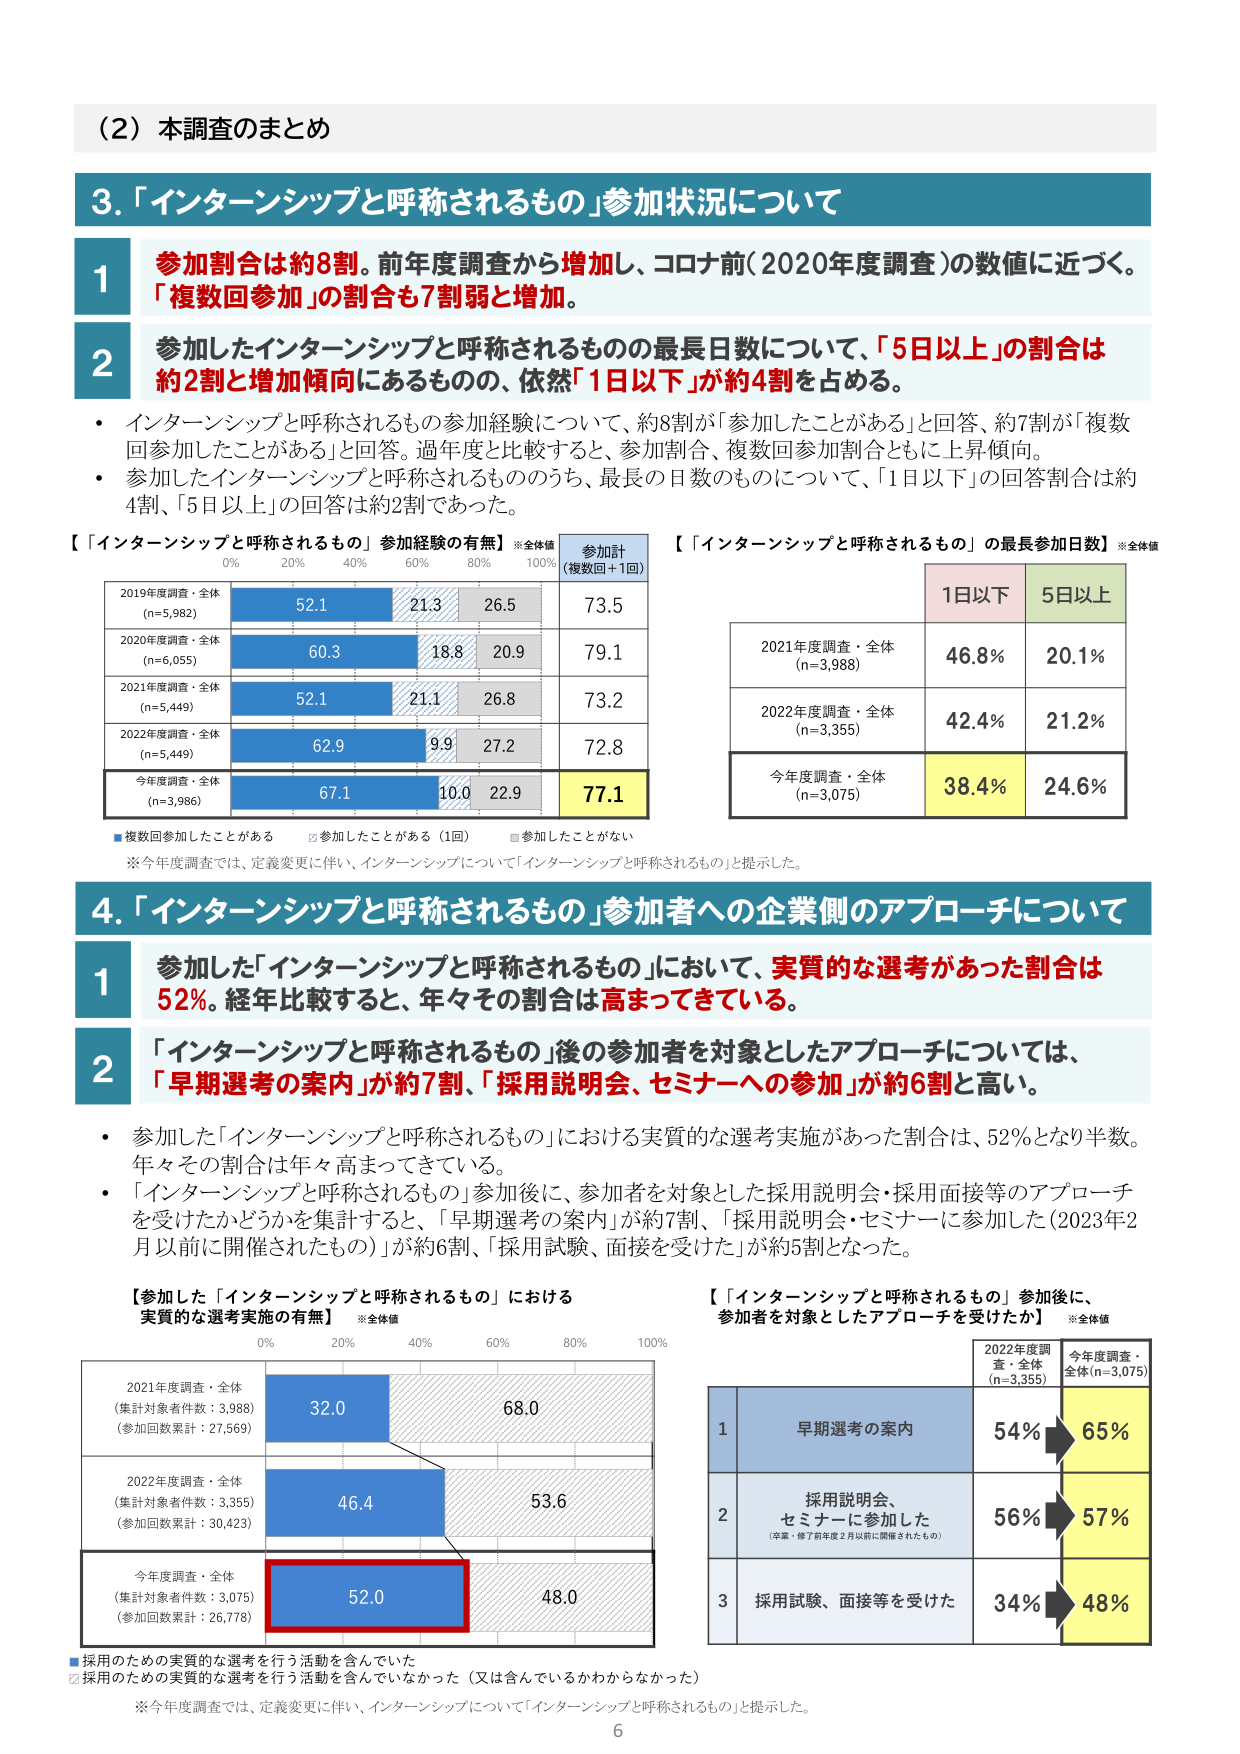
（2）本調査のまとめ

3.「インターンシップと呼称されるもの」参加状況について

1 参加割合は約8割。前年度調査から増加し、コロナ前（2020年度調査）の数値に近づく。「複数回参加」の割合も7割弱と増加。

2 参加したインターンシップと呼称されるものの最長日数について、「5日以上」の割合は約2割と増加傾向にあるものの、依然「1日以下」が約4割を占める。

・インターンシップと呼称されるもの参加経験について、約8割が「参加したことがある」と回答、約7割が「複数回参加したことがある」と回答。過年度と比較すると、参加割合、複数回参加割合ともに上昇傾向。
・参加したインターンシップと呼称されるもののうち、最長の日数のものについて、「1日以下」の回答割合は約4割、「5日以上」の回答は約2割であった。

【「インターンシップと呼称されるもの」参加経験の有無】※全体値
参加計
（複数回＋1回）

2019年度調査・全体
(n=5,982)
52.1　21.3　26.5　73.5

2020年度調査・全体
(n=6,055)
60.3　18.8　20.9　79.1

2021年度調査・全体
(n=5,449)
52.1　21.1　26.8　73.2

2022年度調査・全体
(n=5,449)
62.9　9.9　27.2　72.8

今年度調査・全体
(n=3,986)
67.1　10.0　22.9　77.1

■複数回参加したことがある　□参加したことがある（1回）　□参加したことがない
※今年度調査では、定義変更に伴い、インターンシップについて「インターンシップと呼称されるもの」と提示した。

【「インターンシップと呼称されるもの」の最長参加日数】※全体値

1日以下　5日以上

2021年度調査・全体
(n=3,988)
46.8%　20.1%

2022年度調査・全体
(n=3,355)
42.4%　21.2%

今年度調査・全体
(n=3,075)
38.4%　24.6%

4.「インターンシップと呼称されるもの」参加者への企業側のアプローチについて

1 参加した「インターンシップと呼称されるもの」において、実質的な選考があった割合は52%。経年比較すると、年々その割合は高まってきている。

2 「インターンシップと呼称されるもの」後の参加者を対象としたアプローチについては、「早期選考の案内」が約7割、「採用説明会、セミナーへの参加」が約6割と高い。

・参加した「インターンシップと呼称されるもの」における実質的な選考実施があった割合は、52%となり半数。年々その割合は年々高まってきている。
・「インターンシップと呼称されるもの」参加後に、参加者を対象とした採用説明会・採用面接等のアプローチを受けたかどうかを集計すると、「早期選考の案内」が約7割、「採用説明会・セミナーに参加した（2023年2月以前に開催されたもの）」が約6割、「採用試験、面接を受けた」が約5割となった。

【参加した「インターンシップと呼称されるもの」における実質的な選考実施の有無】※全体値

2021年度調査・全体
（集計対象者件数：3,988）
（参加回数累計：27,569）
32.0　68.0

2022年度調査・全体
（集計対象者件数：3,355）
（参加回数累計：30,423）
46.4　53.6

今年度調査・全体
（集計対象者件数：3,075）
（参加回数累計：26,778）
52.0　48.0

■採用のための実質的な選考を行う活動を含んでいた
□採用のための実質的な選考を行う活動を含んでいなかった（又は含んでいるかわからなかった）
※今年度調査では、定義変更に伴い、インターンシップについて「インターンシップと呼称されるもの」と提示した。

【「インターンシップと呼称されるもの」参加後に、参加者を対象としたアプローチを受けたか】※全体値

2022年度調査・全体
(n=3,355)　今年度調査・全体(n=3,075)

1 早期選考の案内　54%　65%

2 採用説明会、セミナーに参加した
（卒業・修了前年度2月以前に開催されたもの）　56%　57%

3 採用試験、面接等を受けた　34%　48%

6